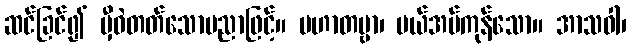
ဆင်ခြင်၍ မှီဝဲတတ်သောပညာဖြင့်။ ပဟာတဗ္ဗာ၊ ပယ်အပ်ကုန်သော။ အာသဝါ၊